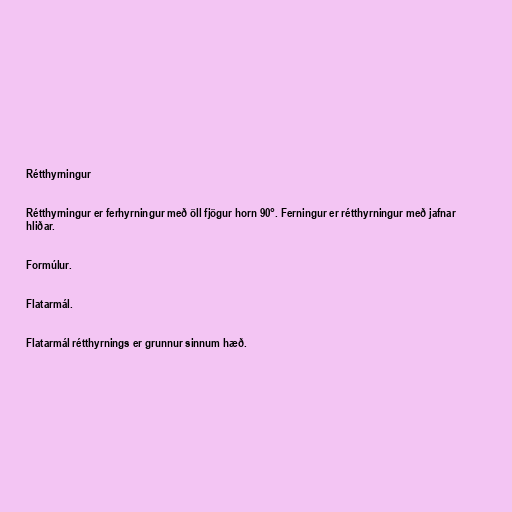
Rétthyrningur

Rétthyrningur er ferhyrningur með öll fjögur horn 90°. Ferningur er rétthyrningur með jafnar
hliðar.

Formúlur.

Flatarmál.

Flatarmál rétthyrnings er grunnur sinnum hæð.